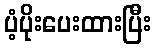
ပံ့ပိုးပေးထားပြီး